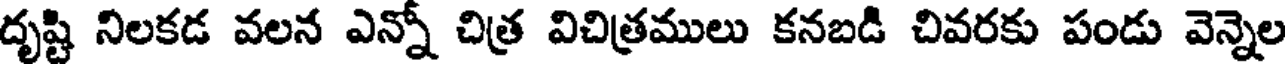
దృష్టి నిలకడ వలన ఎన్నో చిత్ర విచిత్రములు కనబడి చివరకు పండు వెన్నెల